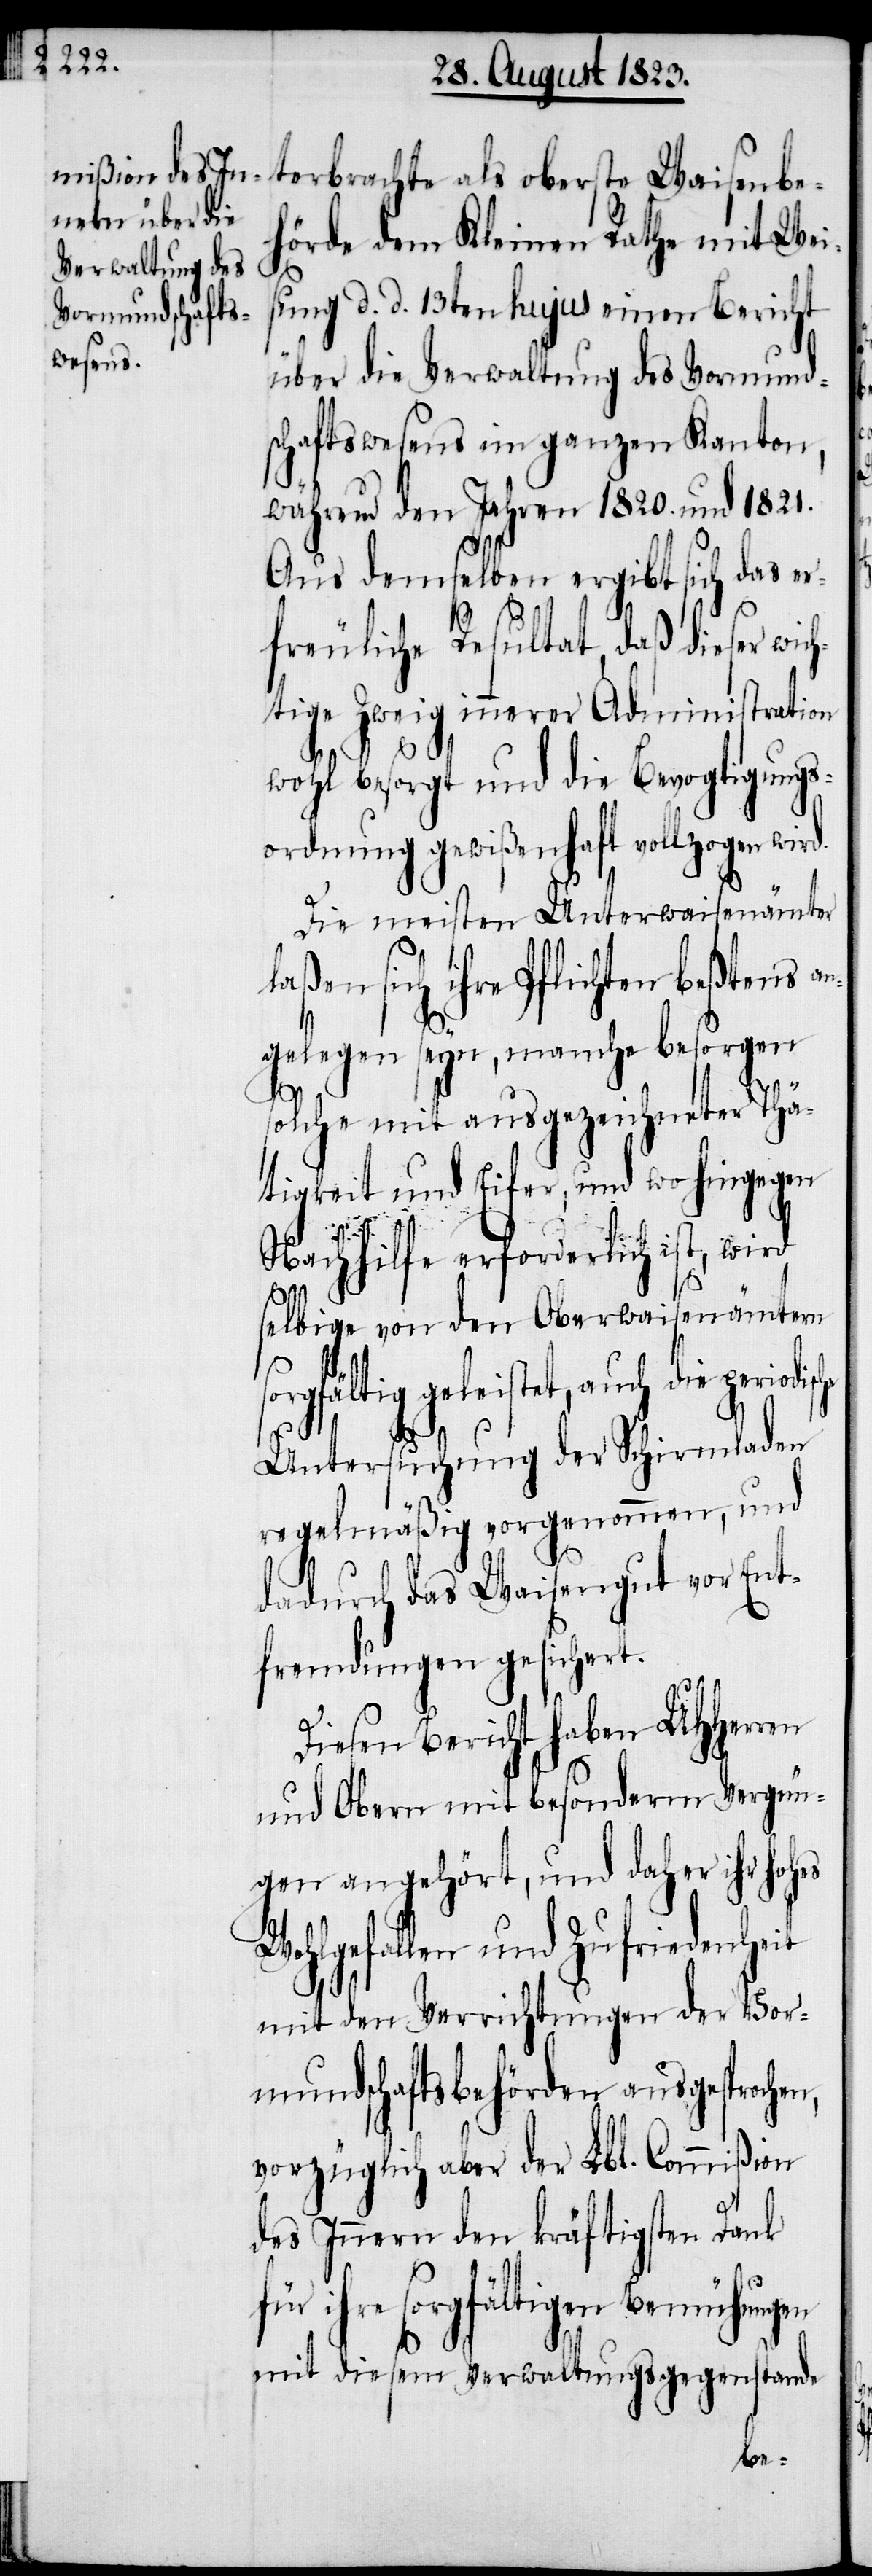
terbrachte als oberste Waisenbe¬
hörde dem Kleinen Rathe mit Wei¬
n,
sung d. d. 13ten hujus einen Bericht
über die Verwaltung des Vormund¬
schaftswesens im ganzen Kanton,
während den Jahren 1820. und 1821.
Aus demselben ergibt sich das er¬
freuliche Resultat, daß dieser
tige Zweig innerer Administration
he
wohl besorgt und die Bevogtigungs¬
ordnung gewißenhaft vollzogen wird.
Die meisten Unterwaisenämter
laßen sich ihre Pflichten beßtens a¬
ngelegen seyn, manche besorgen
wich¬
solche mit ausgezeichneter Thä¬
tigkeit und Eifer, und wo hingegen
Nachhilfe erforderlich ist, wird
selbige von den Oberwaisenämtern
sorgfältig geleistet, auch die periodisc¬
Untersuchung der Schirmladen
regelmäßig vorgenommen, und
dadurch das Waisengut vor Ent¬
fremdungen gesichert.
Diesen Bericht haben UHHerren
und Obern mit besonderm Vergnü¬
gen angehört, und daher ihr hohes
Wohlgefallen und Zufriedenheit
mit den Verrichtungen der Vor¬
mundschaftsbehörden ausgesproche¬
vorzüglich aber der Lbl. Commißion
des Innern den kräftigsten Dank
ihre sorgfältigen Bemühungen
mit diesem Verwaltungsgegenstande